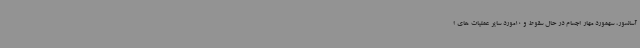
آسانسور، سهمورد مهار اجسام در حال سقوط و 10مورد سایر عملیات های ا